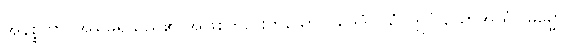
အနိစ္စတာ၊ အမြဲမရှိသည်၏ အဖြစ်တည်းဟူသော။ ယဒိဒံ (ယံ-ဣဒံ ယောအယံ) ဓမ္မော၊